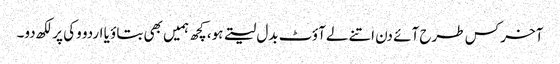
آخر کس طرح آئے دن اتنے لےآؤٹ بدل لیتے ہو، کچھ ہمیں بھی بتاؤ یا اردو وکی پر لکھ دو۔